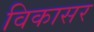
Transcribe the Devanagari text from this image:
विकासर